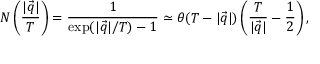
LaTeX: N \left( \frac { | \vec { q } | } { T } \right) = \frac { 1 } { \exp ( | \vec { q } | / T ) - 1 } \simeq \theta ( T - | \vec { q } | ) \left( \frac { T } { | \vec { q } | } - \frac 1 2 \right) ,